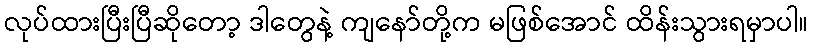
လုပ်ထားပြီးပြီဆိုတော့ ဒါတွေနဲ့ ကျနော်တို့က မဖြစ်အောင် ထိန်းသွားရမှာပါ။